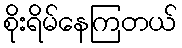
စိုးရိမ်နေကြတယ်